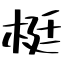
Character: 梃